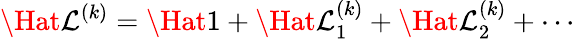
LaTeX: \Hat{\mathcal{L}}^{(k)}=\Hat{1}+\Hat{\mathcal{L}}_{1}^{(k)}+\Hat{\mathcal{L}}_{2}^{(k)}+\cdots